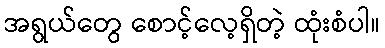
အရွယ်တွေ စောင့်လေ့ရှိတဲ့ ထုံးစံပါ။